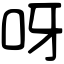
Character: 呀